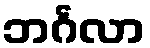
ဘင်္ဂလာ